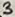
Text: 3